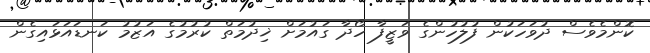
ކޮންމެވެސް ދުވަހަކުން ފުލުހުންގެ ވަޒީފާ ހޯދާ ގައުމަށް ޚިދުމަތް ކުރުމުގެ އަޒުމު ކަނޑައަޅައިގެން